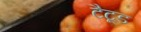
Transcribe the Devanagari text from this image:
टैटूड